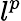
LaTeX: l^{p}